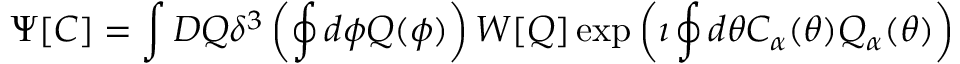
\Psi [ C ] = \int D Q \delta ^ { 3 } \left( \oint d \phi Q ( \phi ) \right) W [ Q ] \exp \left( \imath \oint d \theta C _ { \alpha } ( \theta ) Q _ { \alpha } ( \theta ) \right)